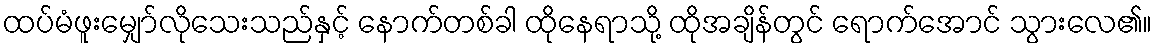
ထပ်မံဖူးမျှော်လိုသေးသည်နှင့် နောက်တစ်ခါ ထိုနေရာသို့ ထိုအချိန်တွင် ရောက်အောင် သွားလေ၏။